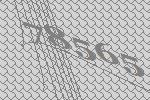
78565